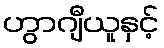
ဟွာဂျီယူနှင့်